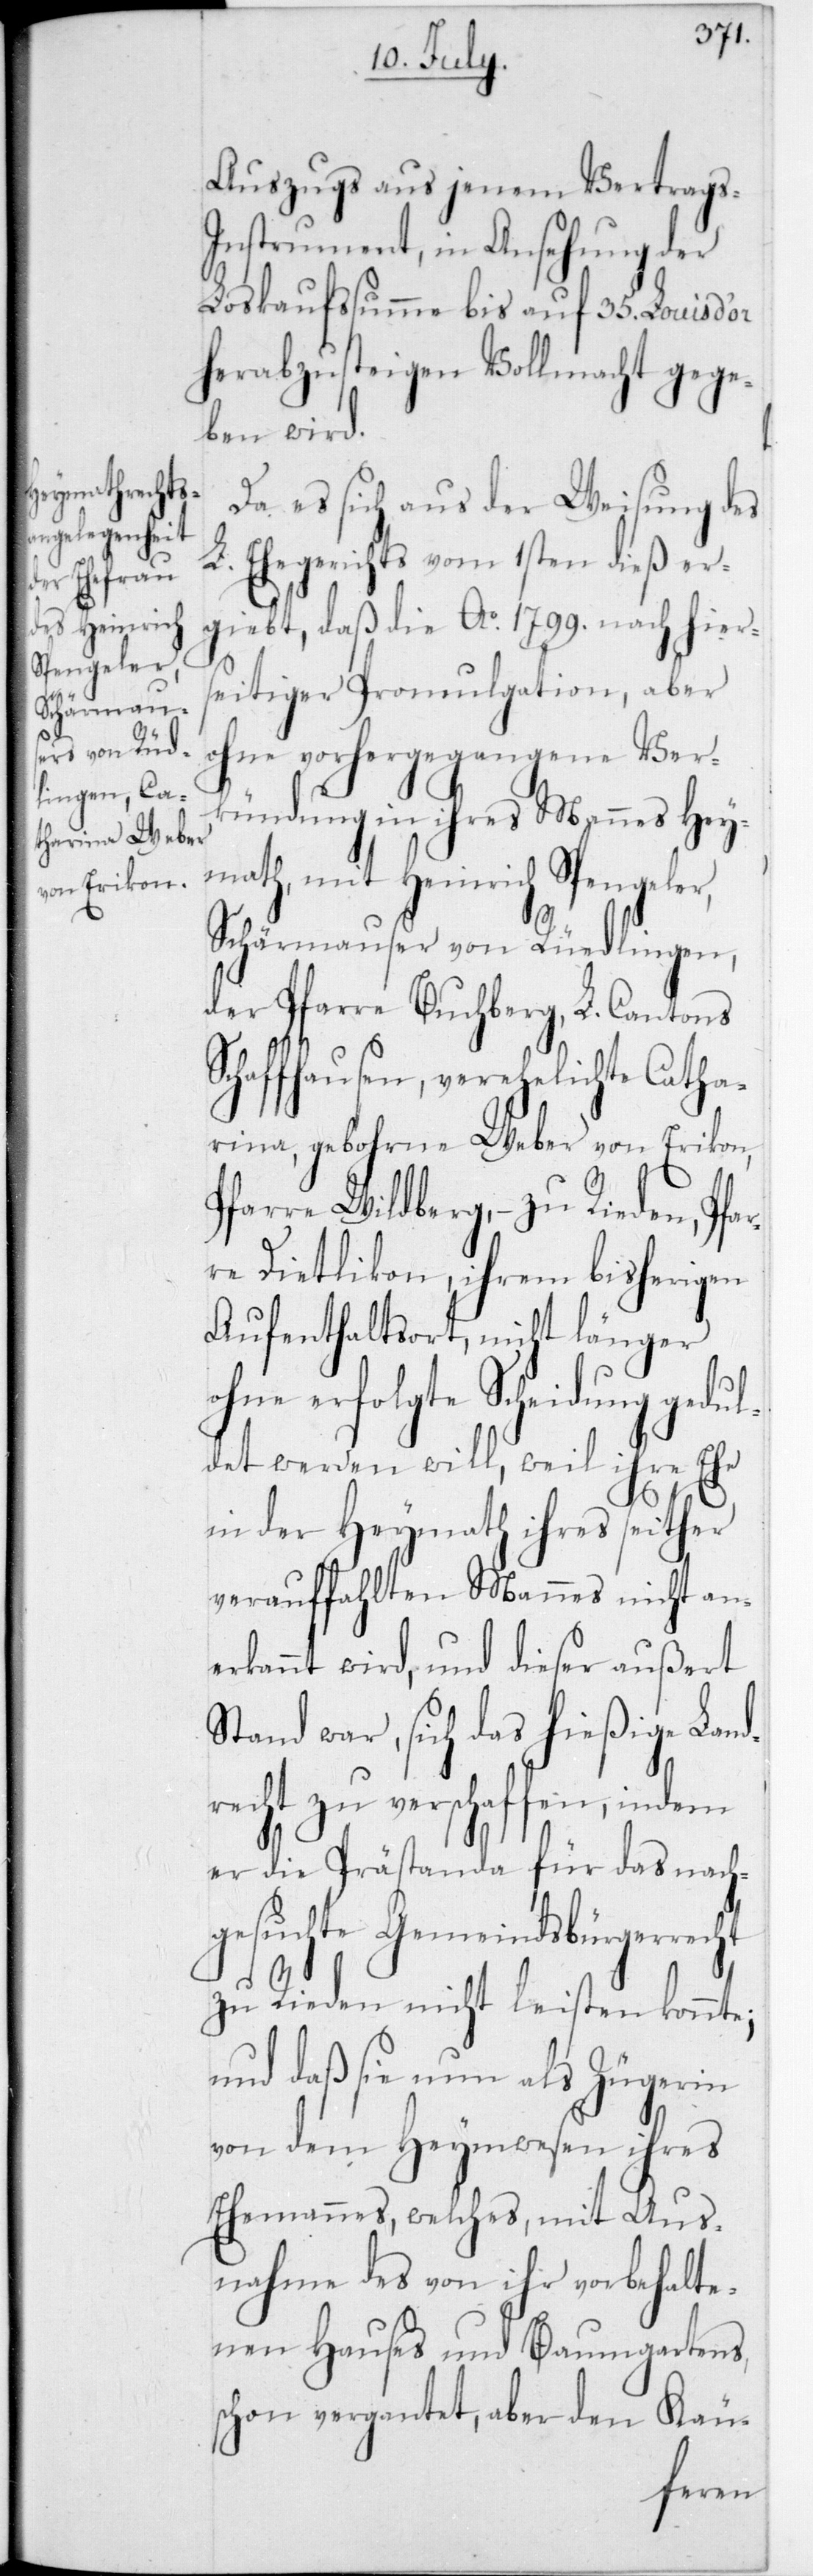
Auszugs aus jenem Vertrags-I¬
nstrument, in Ansehung der
Loskaufssumme bis auf 35 Louis d’or
herabzusteigen Vollmacht gege¬
ben wird.
Da es sich aus der Weisung des
L. Ehegerichts vom 1sten dieß er¬
gibt, daß die Ao 1799 nach hier¬
seitiger Promulgation, aber
ohne vorhergegangene Ver¬
kündung in ihres Mannes Hey¬
math, mit Heinrich Spengeler,
Schärmauser von Rüedlingen,
der Pfarre Buchberg, L. Cantons
Schaffhausen, verehelichte Catha¬
rina, gebohrne Weber von Erikon,
Pfarre Wildberg, – zu Rieden, P¬
re Dietlikon, ihrem bisherigen
Aufenthaltsort, nicht länger
ohne erfolgte Scheidung gedul¬
det werden will, weil ihre Ehe
in der Heymath ihres seither
verauffahlten Mannes nicht an¬
erkannt wird, und dieser außert
Stand war, sich das hießige Land¬
recht zu verschaffen, indem
er die Prästanda für das nach¬
gesuchte Gemeindsbürgerrecht
zu Rieden nicht leisten konnte;
und daß sie nun als Zügerin
von dem Heymwesen ihres
Ehemannes, welches, mit Aus¬
nahme des von ihr vorbehalte¬
nen Hauses und Baumgartens,
schon vergantet, aber den Käu-
far¬